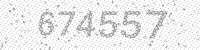
Solution: 674557